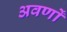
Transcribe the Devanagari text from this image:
अवर्णों